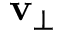
\mathbf { v } _ { \perp }